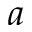
a